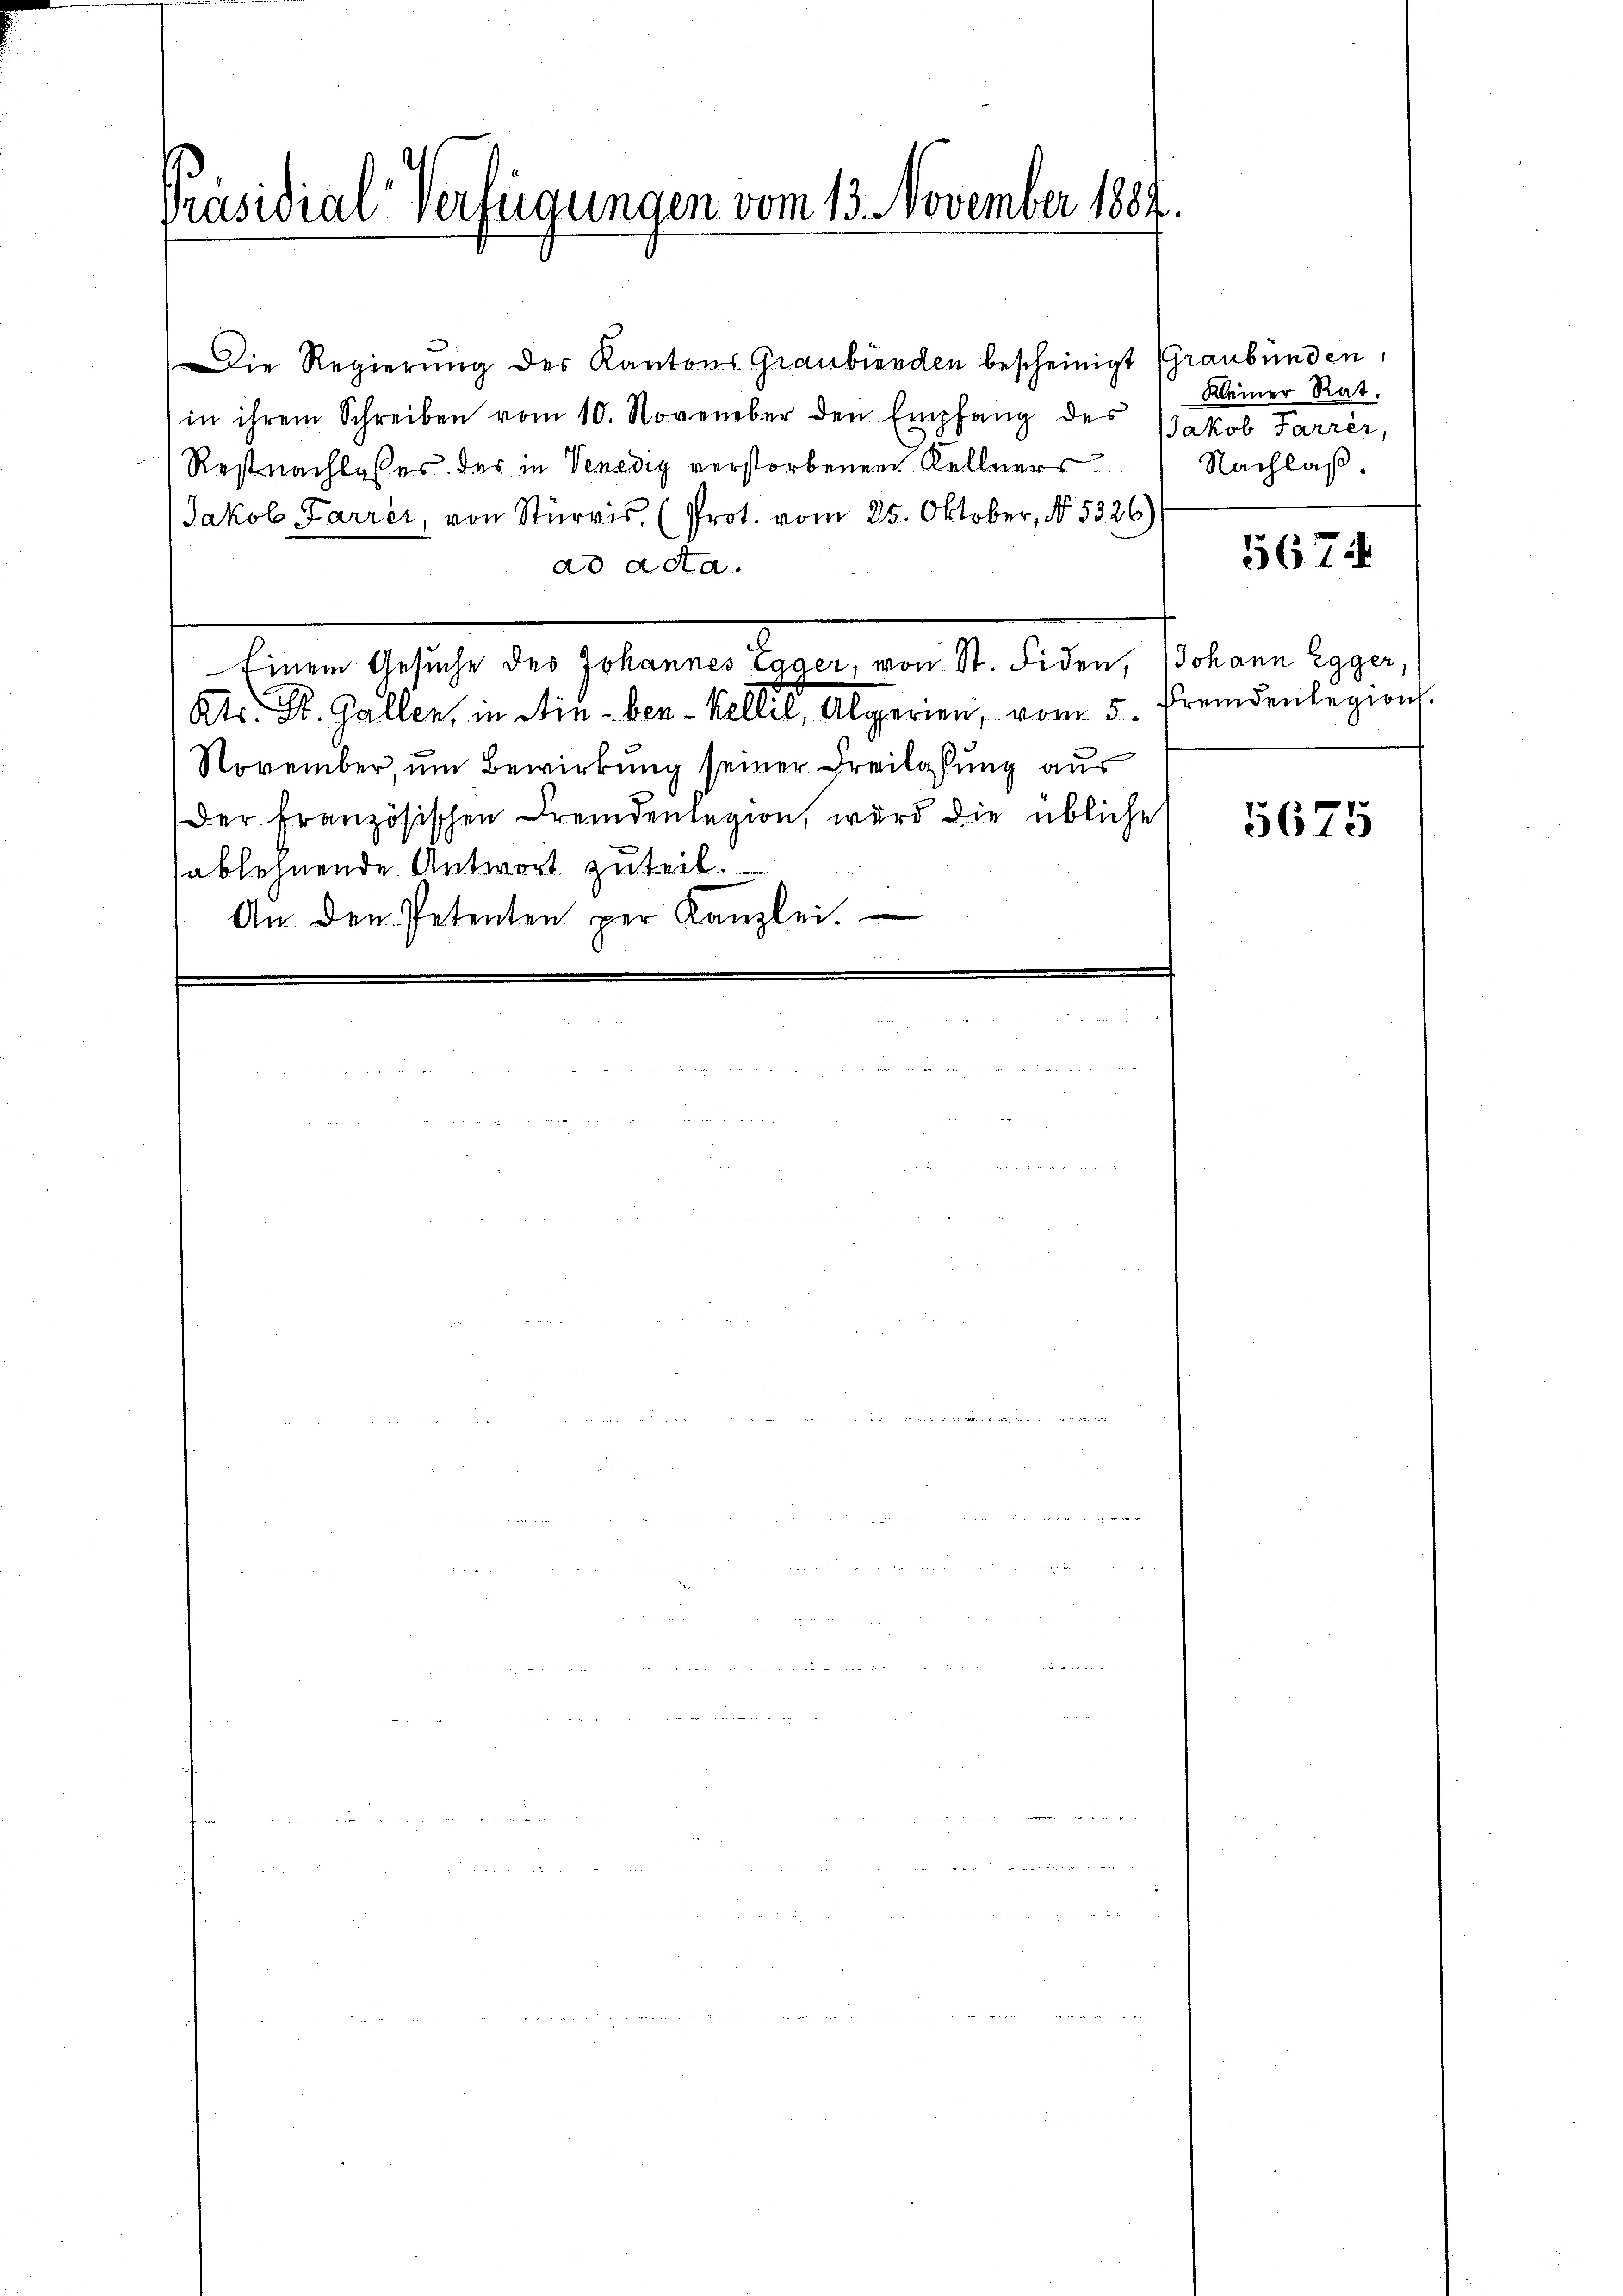
Präsidial-Verfügungen vom 13. November 1887

Die Regierung des Kantons Graubünden bescheinigt Graubünden,
in ihrem Schreiben vom 10. November den Empfang des Jakob Parrer,
Restnachlasses der in Venedig verstorbenen Kellners
Jakob Farrer, von Stürris, (Prot. vom 25. Oktober, No. 5326)
dd acta.
Einem Gesuche des Johannes Egger, von St. Fiden, Johann Egger
Kts. St. Gallen, in Ain-ben- Kellis, Algerien, vom 5. Fremdenlegion.
November, um Bewirkung seiner Freilassung aus
der französischen Fremdenlegion, wird die übliche
sablehnende Antwort zuteil.
An den Petenten per Kanzlei.

Kleiner Rat.
Nachlaß.
5674

5675